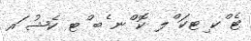
ޓެ ްކ ިޓކަ ްލ ކޮ ްނ ެބ ްޓ ކެޝު ައ